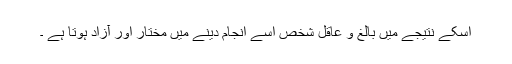
اسکے نتیجے میں بالغ و عاقل شخص اسے انجام دینے میں مختار اور آزاد ہوتا ہے ۔